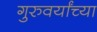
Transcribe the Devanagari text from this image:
गुरुवर्यांच्या